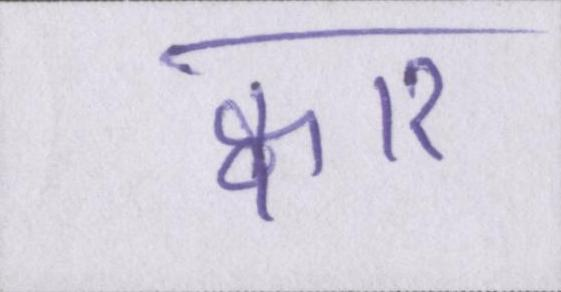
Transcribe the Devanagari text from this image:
क्वार